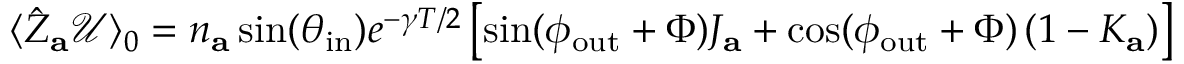
\begin{array} { r } { \langle \hat { Z } _ { \mathbf { a } } \mathcal { U } \rangle _ { 0 } = n _ { \mathbf { a } } \sin ( \theta _ { \mathrm { i n } } ) e ^ { - \gamma T / 2 } \left[ \sin ( \phi _ { \mathrm { o u t } } + \Phi ) J _ { \mathbf { a } } + \cos ( \phi _ { \mathrm { o u t } } + \Phi ) \left( 1 - K _ { \mathbf { a } } \right) \right] } \end{array}